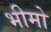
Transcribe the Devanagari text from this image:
भीमो